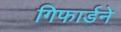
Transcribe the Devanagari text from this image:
गिफार्डने